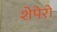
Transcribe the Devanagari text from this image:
शेपेरो